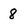
Character: 8